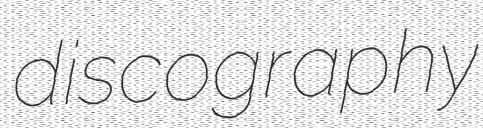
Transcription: discography